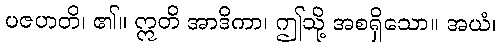
ပဇဟတိ၊ ၏။ ဣတိ အာဒိကာ၊ ဤသို့ အစရှိသော။ အယံ၊